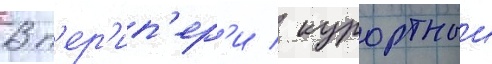
В п'ер'ип'ер'и / курортныи